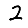
Digit: 2